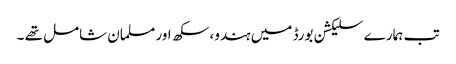
تب ہمارے سلیکشن بورڈ میں ہندو، سکھ اور مسلمان شامل تھے ۔